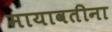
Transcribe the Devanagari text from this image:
मायावतीना